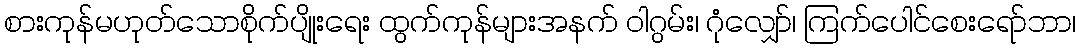
စားကုန်မဟုတ်သောစိုက်ပျိုးရေး ထွက်ကုန်များအနက် ဝါဂွမ်း၊ ဂုံလျှော်၊ ကြက်ပေါင်စေးရော်ဘာ၊